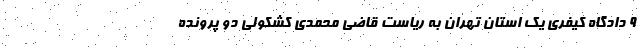
۹ دادگاه کیفری یک استان تهران به ریاست قاضی محمدی کشکولی دو پرونده